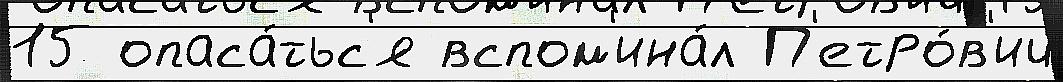
15 опаса́тьс'я вспом'ина́л П'етро́в'ич